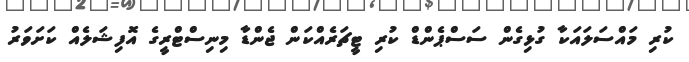
ކުރި މައްސަލައަކާ ގުޅިގެން ސަސްޕެންޑް ކުރި ޓީޗަރެއްކަން ޖެންޑާ މިނިސްޓްރީގެ އޮފިޝަލެއް ކަށަވަރު